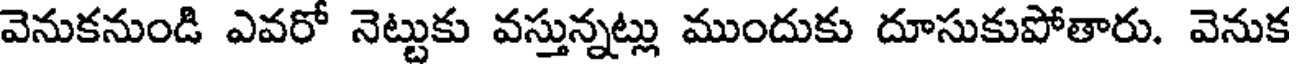
వెనుకనుండి ఎవరో నెట్టుకు వస్తున్నట్లు ముందుకు దూసుకుపోతారు. వెనుక